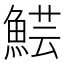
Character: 𩸜